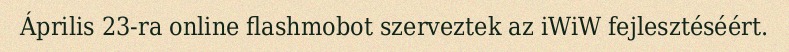
Április 23-ra online flashmobot szerveztek az iWiW fejlesztéséért.